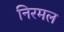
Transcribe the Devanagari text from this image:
निरमल